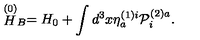
\stackrel { \left( 0 \right) } { H } _ { B } = H _ { 0 } + \int d ^ { 3 } x \eta _ { a } ^ { \left( 1 \right) i } { \cal P } _ { i } ^ { \left( 2 \right) a } .